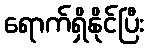
ရောက်ရှိနိုင်ပြီး